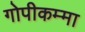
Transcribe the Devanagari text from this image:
गोपीकम्मा